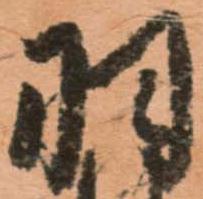
羽